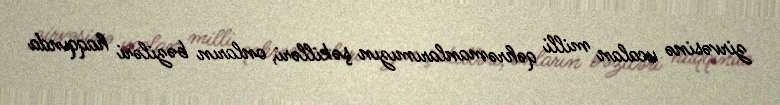
zirvəsinə ucalan milli qəhrəmanlarımızın şəkilləri, onların bəziləri haqqında